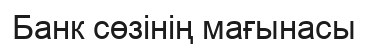
Банк сөзінің мағынасы